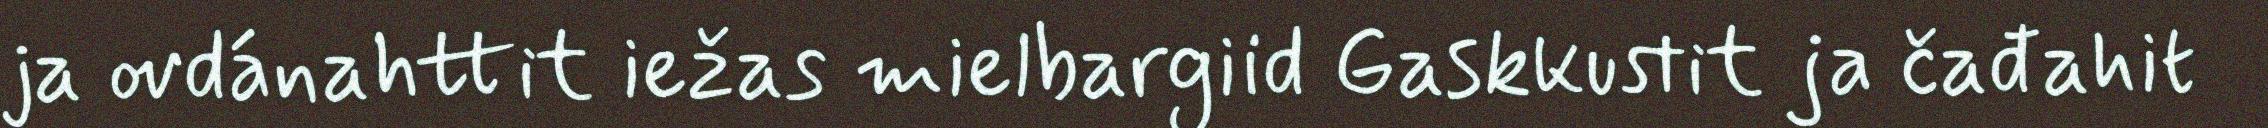
ja ovdánahttit iežas mielbargiid Gaskkustit ja čađahit